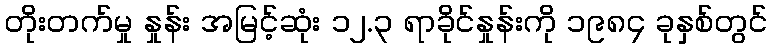
တိုးတက်မှု နှုန်း အမြင့်ဆုံး ၁၂.၃ ရာခိုင်နှုန်းကို ၁၉၈၄ ခုနှစ်တွင်